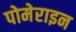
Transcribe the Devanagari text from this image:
पोमेराइन